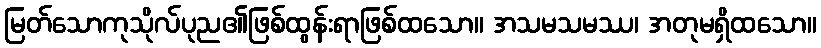
မြတ်သောကုသိုလ်ပုည၏ဖြစ်ထွန်းရာဖြစ်ထသော။ အသမသမဿ၊ အတုမရှိထသော။